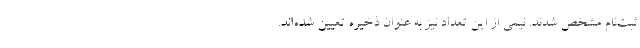
ثبت‌نام مشخص شدند. نیمی از این تعداد نیز به عنوان ذخیره تعیین شده‌اند.